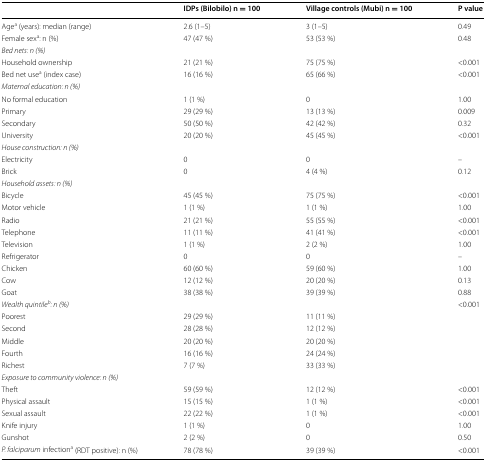
<table><thead><tr><td></td><td><b>IDPs (Bilobilo) n = 100</b></td><td><b>Village controls (Mubi) n = 100</b></td><td><b>P value</b></td></tr></thead><tbody><tr><td>Age<sup>a</sup> (years): median (range)</td><td>2.6 (1–5)</td><td>3 (1–5)</td><td>0.49</td></tr><tr><td>Female sex<sup>a</sup>: n (%)</td><td>47 (47 %)</td><td>53 (53 %)</td><td>0.48</td></tr><tr><td colspan="4"><i>Bed nets: n (%)</i></td></tr><tr><td>Household ownership</td><td>21 (21 %)</td><td>75 (75 %)</td><td>&lt;0.001</td></tr><tr><td>Bed net use<sup>a</sup> (index case)</td><td>16 (16 %)</td><td>65 (66 %)</td><td>&lt;0.001</td></tr><tr><td colspan="4"><i>Maternal education: n (%)</i></td></tr><tr><td>No formal education</td><td>1 (1 %)</td><td>0</td><td>1.00</td></tr><tr><td>Primary</td><td>29 (29 %)</td><td>13 (13 %)</td><td>0.009</td></tr><tr><td>Secondary</td><td>50 (50 %)</td><td>42 (42 %)</td><td>0.32</td></tr><tr><td>University</td><td>20 (20 %)</td><td>45 (45 %)</td><td>&lt;0.001</td></tr><tr><td colspan="4"><i>House construction: n (%)</i></td></tr><tr><td>Electricity</td><td>0</td><td>0</td><td>–</td></tr><tr><td>Brick</td><td>0</td><td>4 (4 %)</td><td>0.12</td></tr><tr><td colspan="4"><i>Household assets: n (%)</i></td></tr><tr><td>Bicycle</td><td>45 (45 %)</td><td>75 (75 %)</td><td>&lt;0.001</td></tr><tr><td>Motor vehicle</td><td>1 (1 %)</td><td>1 (1 %)</td><td>1.00</td></tr><tr><td>Radio</td><td>21 (21 %)</td><td>55 (55 %)</td><td>&lt;0.001</td></tr><tr><td>Telephone</td><td>11 (11 %)</td><td>41 (41 %)</td><td>&lt;0.001</td></tr><tr><td>Television</td><td>1 (1 %)</td><td>2 (2 %)</td><td>1.00</td></tr><tr><td>Refrigerator</td><td>0</td><td>0</td><td>–</td></tr><tr><td>Chicken</td><td>60 (60 %)</td><td>59 (60 %)</td><td>1.00</td></tr><tr><td>Cow</td><td>12 (12 %)</td><td>20 (20 %)</td><td>0.13</td></tr><tr><td>Goat</td><td>38 (38 %)</td><td>39 (39 %)</td><td>0.88</td></tr><tr><td colspan="3"><i>Wealth quintile</i><sup><i>b</i></sup><i>: n (%)</i></td><td rowspan="6">&lt;0.001</td></tr><tr><td>Poorest</td><td>29 (29 %)</td><td>11 (11 %)</td></tr><tr><td>Second</td><td>28 (28 %)</td><td>12 (12 %)</td></tr><tr><td>Middle</td><td>20 (20 %)</td><td>20 (20 %)</td></tr><tr><td>Fourth</td><td>16 (16 %)</td><td>24 (24 %)</td></tr><tr><td>Richest</td><td>7 (7 %)</td><td>33 (33 %)</td></tr><tr><td colspan="4"><i>Exposure to community violence: n (%)</i></td></tr><tr><td>Theft</td><td>59 (59 %)</td><td>12 (12 %)</td><td>&lt;0.001</td></tr><tr><td>Physical assault</td><td>15 (15 %)</td><td>1 (1 %)</td><td>&lt;0.001</td></tr><tr><td>Sexual assault</td><td>22 (22 %)</td><td>1 (1 %)</td><td>&lt;0.001</td></tr><tr><td>Knife injury</td><td>1 (1 %)</td><td>0</td><td>1.00</td></tr><tr><td>Gunshot</td><td>2 (2 %)</td><td>0</td><td>0.50</td></tr><tr><td><i>P. falciparum</i> infection<sup>a</sup> (RDT positive): n (%)</td><td>78 (78 %)</td><td>39 (39 %)</td><td>&lt;0.001</td></tr></tbody></table>